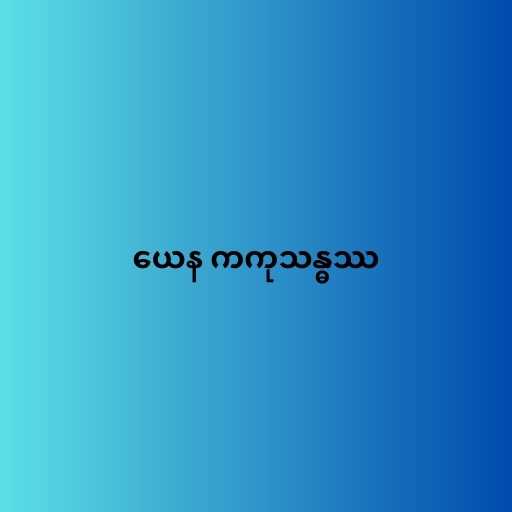
ယေန ကကုသန္ဓဿ